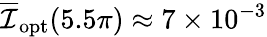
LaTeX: \overline{{\mathcal{I}}}_{\mathrm{opt}}(5.5\pi)\approx 7\times 10^{-3}